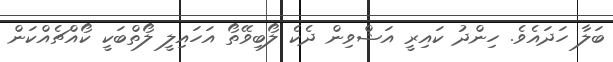
ބަލާ ހަދައެވެ. ހިންދު ކައިރީ އަޝްވިން ދެކެ ލޯބިވޭތޯ އަހައިލީ ލޯތްބަކީ ކޯއްޗެއްކަން